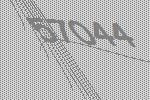
57044